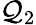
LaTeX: \mathcal{Q}_{2}